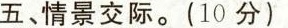
五、情景交际.(10分)